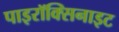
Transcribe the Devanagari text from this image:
पाइरॉक्सिनाइट